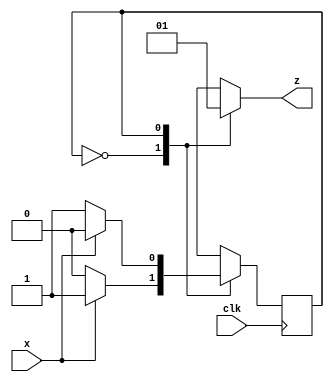
`timescale 1ns / 1ps
//////////////////////////////////////////////////////////////////////////////////
// Company: 
// Engineer: 
// 
// Design Name: 
// Module Name: parity_gen
// Project Name: 
// Target Devices: 
// Tool Versions: 
// Description: 
// 
// Dependencies: 
// 
// Revision:
// Revision 0.01 - File Created
// Additional Comments:
// 
//////////////////////////////////////////////////////////////////////////////////



module parity_gen (x, clk, z); 
  input  x, clk;   output reg z;        
  reg  even_odd;      // The machine state 
  parameter  EVEN=0, ODD=1; 
  always @(posedge  clk) 
    case (even_odd) 
      EVEN: even_odd <= x ? ODD : EVEN; 
      ODD:  even_odd <= x ? EVEN : ODD; 
      default : even_odd <= EVEN; 
    endcase 
  always @(even_odd) 
    case (even_odd) 
      EVEN: z = 0; 
      ODD:  z = 1; 
    endcase 
endmodule